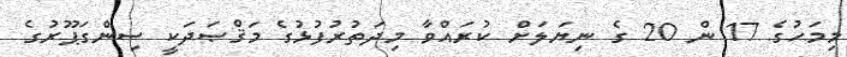
މިމަހުގެ 17 ން 20 ގެ ނިޔަލަށް ކުރައްވާ މިދަތުރުފުޅުގެ މަޤްޞަދަކީ ސިންގަޕޫރުގެ